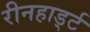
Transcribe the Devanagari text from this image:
रीनहार्ड्ट